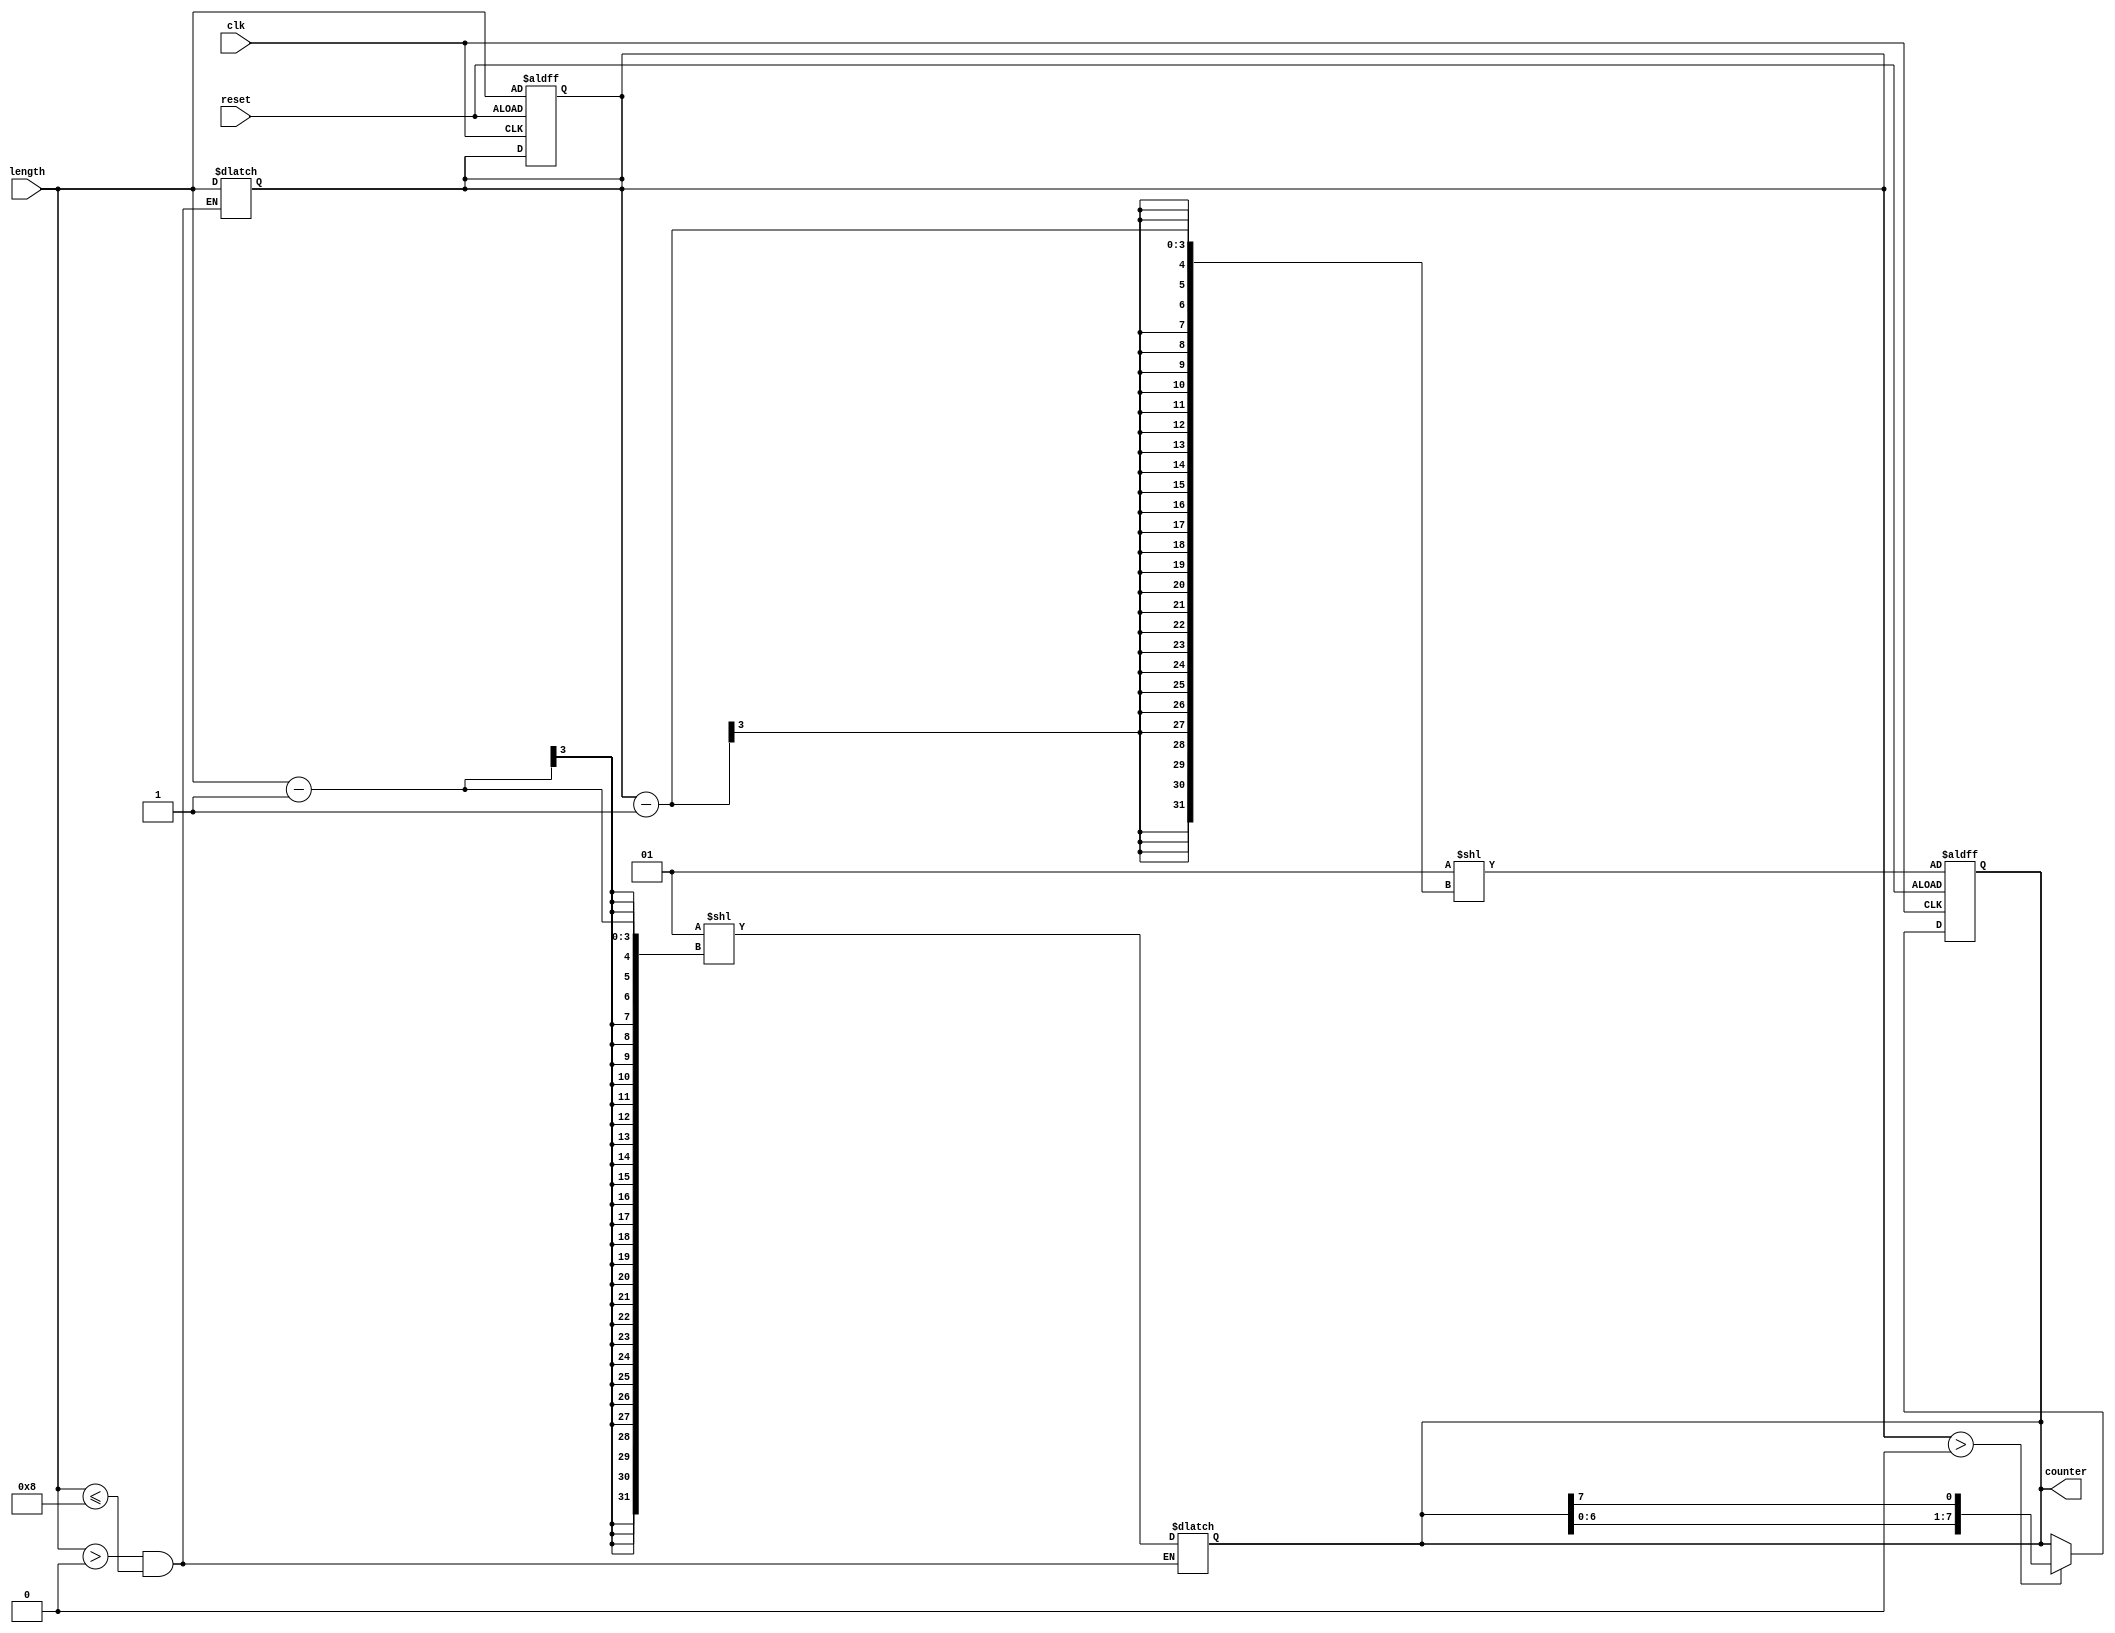
module variable_length_ring_counter #(
    parameter MAX_LENGTH = 8 // Maximum length of the ring counter
)(
    input wire clk,           // Clock input
    input wire reset,         // Reset input
    input wire [2:0] length,  // Desired length of the counter (0 < length <= MAX_LENGTH)
    output reg [MAX_LENGTH-1:0] counter // Output state of the counter
);

    // Internal variable to hold the current length of the counter
    reg [2:0] current_length;

    always @(posedge clk or posedge reset) begin
        if (reset) begin
            // On reset, initialize the counter
            counter <= 1 << (current_length - 1); // Set the last flip-flop to '1'
            current_length <= length; // Set the current length
        end else begin
            // Shift the '1' through the ring
            if (current_length > 0) begin
                counter <= {counter[MAX_LENGTH-2:0], counter[MAX_LENGTH-1]};
            end
        end
    end

    // Update the current length when it changes
    always @(length) begin
        if (length > 0 && length <= MAX_LENGTH) begin
            current_length <= length;
            // Initialize the counter to the new length
            counter <= (1 << (length - 1)); // Set the last flip-flop to '1'
        end
    end

endmodule